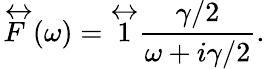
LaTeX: \overleftrightarrow{F}(\omega)=\overleftrightarrow{1}\frac{\gamma/2}{\omega+i\gamma/2}.